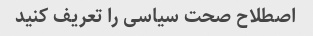
اصطلاح صحت سیاسی را تعریف کنید